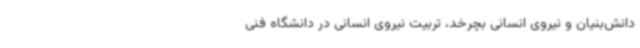
دانش‌بنیان و نیروی انسانی بچرخد، تربیت نیروی انسانی در دانشگاه فنی